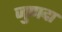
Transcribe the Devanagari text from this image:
जुणदा